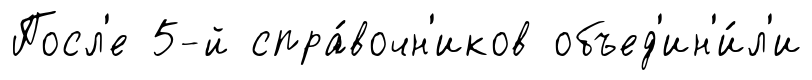
Посл'е 5-й спра́вочн'иков объед'ин'и́л'и